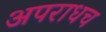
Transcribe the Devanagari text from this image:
अपराधच